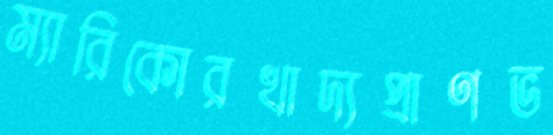
ম্যারিকোরখাদ্যপ্রাণভ